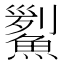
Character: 𩹒